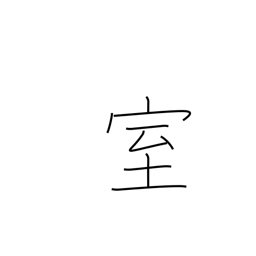
Meaning: apartment